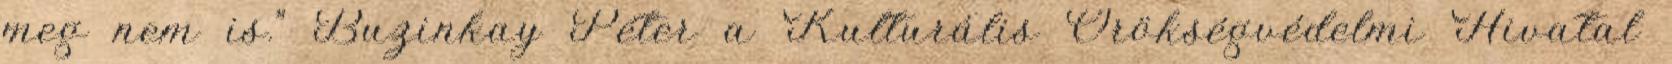
meg nem is.” Buzinkay Péter a Kulturális Örökségvédelmi Hivatal